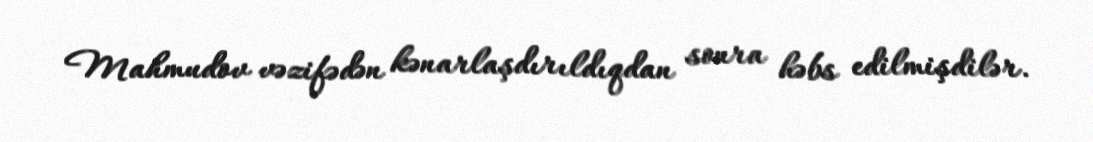
Mahmudov vəzifədən kənarlaşdırıldıqdan sonra həbs edilmişdilər.